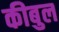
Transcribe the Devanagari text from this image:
कीबुल